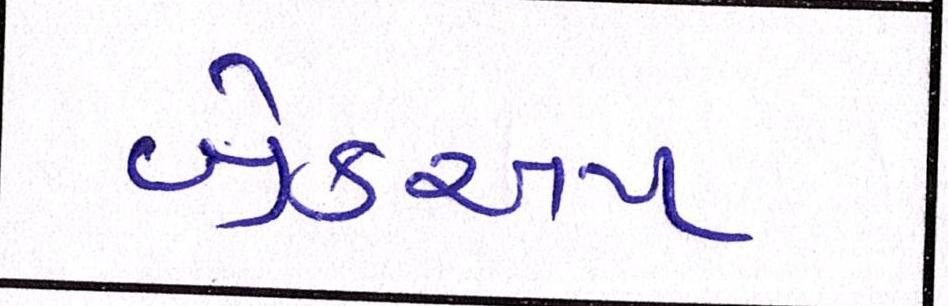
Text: બ્રેકઅપ